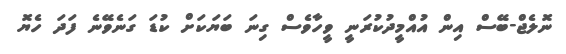
ނޮލެޖް-ބޭސް އިން އުއްމީދުކުރަނީ ވީހާވެސް ގިނަ ބަޔަކަށް ކުޑަ ގަނެވޭނެ ފަދަ ހެޔޮ